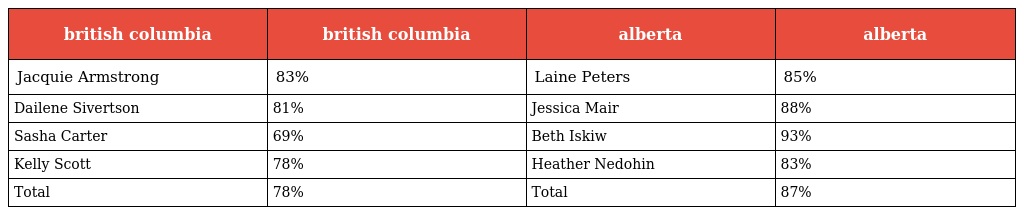
| british columbia | british columbia | alberta | alberta |
 | --- | --- | --- | --- |
 | Jacquie Armstrong | 83% | Laine Peters | 85% |
 | Dailene Sivertson | 81% | Jessica Mair | 88% |
 | Sasha Carter | 69% | Beth Iskiw | 93% |
 | Kelly Scott | 78% | Heather Nedohin | 83% |
 | Total | 78% | Total | 87% |